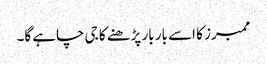
ممبرز کا اسے بار بار پڑھنے کا جی چاہے گا۔